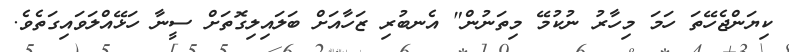
ކިޔަންޖެހޭތަ ހަމަ މިހާރު ނުކުމޭ މިތަނުން" އެނބުރި ޒަހާއަށް ބަލައިލިގޮތަށް ސީނާ ހަޅޭއްލަވައިގަތެވެ.